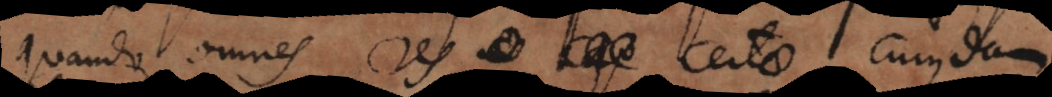
quando omnes res certae cujusdam